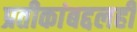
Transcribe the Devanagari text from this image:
प्रतीकांबद्दलही